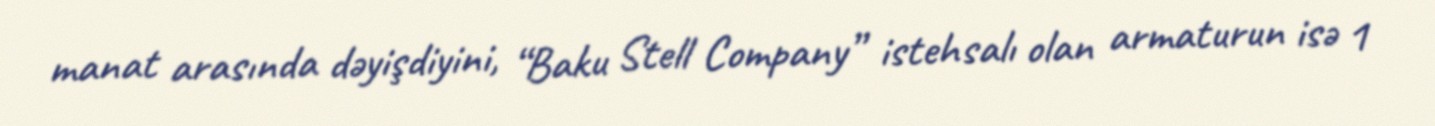
manat arasında dəyişdiyini, “Baku Stell Company” istehsalı olan armaturun isə 1